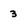
Character: 3